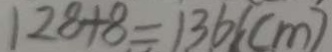
1 2 8 + 8 = 1 3 6 ( c m )